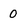
Character: 0